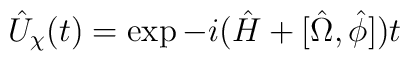
\hat{U}_{\chi}(t)=\exp -i(\hat{H}+[\hat{\Omega},\hat{\phi}])t